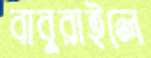
বাবুরাইলে